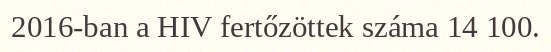
2016-ban a HIV fertőzöttek száma 14 100.